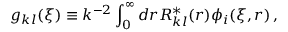
g _ { k l } ( \xi ) \equiv k ^ { - 2 } \int _ { 0 } ^ { \infty } d r R _ { k l } ^ { * } ( r ) \phi _ { i } ( \xi , r ) \, ,